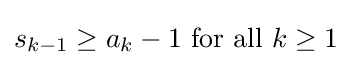
s_{k-1}\geq a_{k}-1{\text{ for all }}k\geq 1